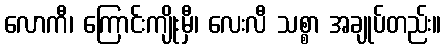
လောကီ၊ ကြောင်းကျိုးမှီ၊ လေးလီ သစ္စာ အချုပ်တည်း။